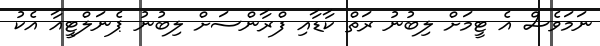
ނަމަވެސް އެ ޓީމަށް ލިބުނު ރަތް ކާޑާއި ފްރާންސަށް ލިބުނު ޕެނަލްޓީއާ އެކު